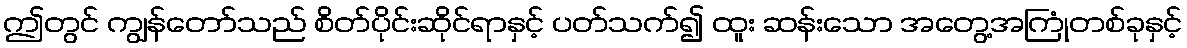
ဤတွင် ကျွန်တော်သည် စိတ်ပိုင်းဆိုင်ရာနှင့် ပတ်သက်၍ ထူး ဆန်းသော အတွေ့အကြုံတစ်ခုနှင့်